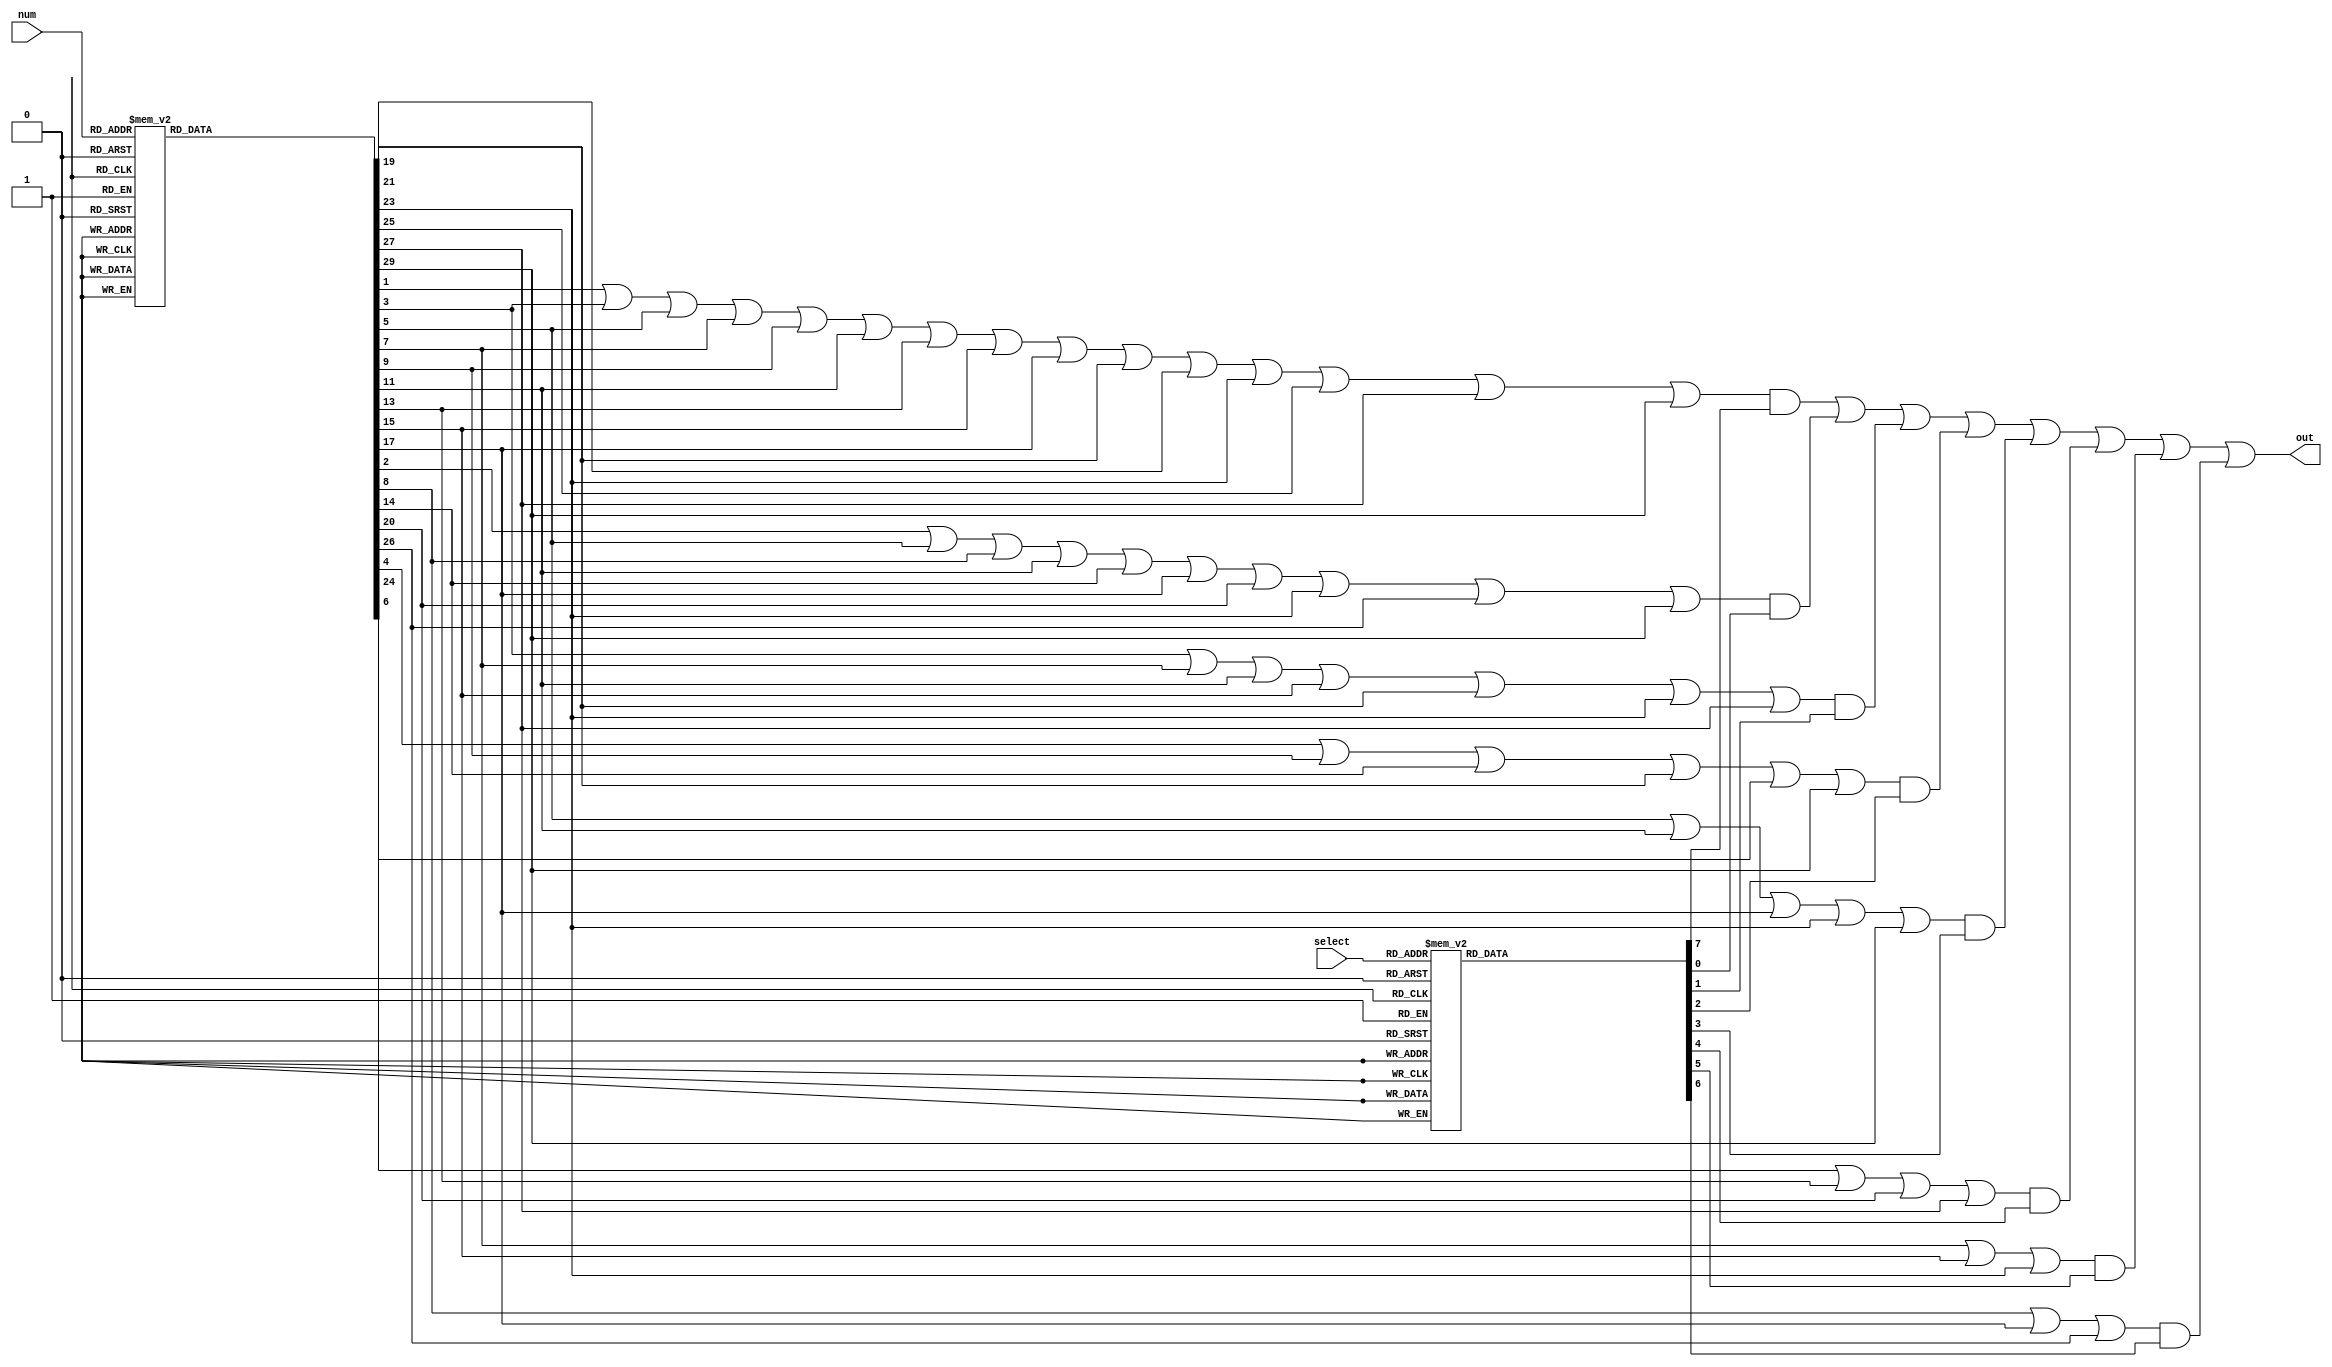
`timescale 1ns / 1ps

module lab1_decoder(select, num, out );
input [2:0]select;
input [4:0]num;
output reg out;
reg [9:2]decoder3x8;
reg [31:0]decoder5x32;
reg mult2, mult3, mult4, mult5, mult6, mult7, mult8, mult9, 
    result2, result3, result4, result5, result6, result7, result8, result9;


always@(*) begin
    out=1'b0;
    decoder3x8=8'b0;
    decoder5x32=32'b0;
    case(select)
        3'b000: decoder3x8[2] =1;
        3'b001: decoder3x8[3] =1; 
        3'b010: decoder3x8[4] =1; 
        3'b011: decoder3x8[5] =1;
        3'b100: decoder3x8[6] =1; 
        3'b101: decoder3x8[7] =1;
        3'b110: decoder3x8[8] =1; 
        3'b111: decoder3x8[9] =1;
        default: decoder3x8 = 8'b0;
    endcase
    case(num)
        32'b00000: decoder5x32[0] = 1;
        32'b00001: decoder5x32[1] = 1;
        32'b00010: decoder5x32[2] = 1;
        32'b00011: decoder5x32[3] = 1;
        32'b00100: decoder5x32[4] = 1;
        32'b00101: decoder5x32[5] = 1;
        32'b00110: decoder5x32[6] = 1;
        32'b00111: decoder5x32[7] = 1;
        32'b01000: decoder5x32[8] = 1;
        32'b01001: decoder5x32[9] = 1;
        32'b01010: decoder5x32[10] = 1;
        32'b01011: decoder5x32[11] = 1;
        32'b01100: decoder5x32[12] = 1;
        32'b01101: decoder5x32[13] = 1;
        32'b01110: decoder5x32[14] = 1;
        32'b01111: decoder5x32[15] = 1;
        32'b10000: decoder5x32[16] = 1;
        32'b10001: decoder5x32[17] = 1;
        32'b10010: decoder5x32[18] = 1;
        32'b10011: decoder5x32[19] = 1;
        32'b10100: decoder5x32[20] = 1;
        32'b10101: decoder5x32[21] = 1;
        32'b10110: decoder5x32[22] = 1;
        32'b10111: decoder5x32[23] = 1;
        32'b11000: decoder5x32[24] = 1;
        32'b11001: decoder5x32[25] = 1;
        32'b11010: decoder5x32[26] = 1;
        32'b11011: decoder5x32[27] = 1;
        32'b11100: decoder5x32[28] = 1;
        32'b11101: decoder5x32[29] = 1;
        32'b11110: decoder5x32[30] = 1;
        32'b11111: decoder5x32[31] = 1;
        default: decoder5x32=31'b0;
    endcase

    mult2=decoder5x32[2] | decoder5x32[4] | decoder5x32[6] | decoder5x32[8] | decoder5x32[10] | decoder5x32[12] | decoder5x32[14] | decoder5x32[16] | decoder5x32[18] |decoder5x32[20] | decoder5x32[22] | decoder5x32[24] | decoder5x32[26] | decoder5x32[28] | decoder5x32[30] ;
    mult3=decoder5x32[3] |decoder5x32[6] | decoder5x32[9] | decoder5x32[12] | decoder5x32[15] | decoder5x32[18] | decoder5x32[21] | decoder5x32[24] | decoder5x32[27] | decoder5x32[30] ;
    mult4=decoder5x32[4] | decoder5x32[8] | decoder5x32[12] | decoder5x32[16] | decoder5x32[20] | decoder5x32[24] | decoder5x32[28];
    mult5=decoder5x32[5] | decoder5x32[10] | decoder5x32[15] | decoder5x32[20] | decoder5x32[25] | decoder5x32[30] ; 
    mult6=decoder5x32[6] | decoder5x32[12] | decoder5x32[18] | decoder5x32[24] | decoder5x32[30] ; 
    mult7=decoder5x32[7] | decoder5x32[14] | decoder5x32[21] | decoder5x32[28] ;
    mult8=decoder5x32[8] | decoder5x32[16] | decoder5x32[24] ;
    mult9=decoder5x32[9] | decoder5x32[18] | decoder5x32[27] ;

    result2 = mult2 & decoder3x8[2];
    result3 = mult3 & decoder3x8[3];
    result4 = mult4 & decoder3x8[4];
    result5 = mult5 & decoder3x8[5];
    result6 = mult6 & decoder3x8[6];
    result7 = mult7 & decoder3x8[7];
    result8 = mult8 & decoder3x8[8];
    result9 = mult9 & decoder3x8[9];   
    
    out= result2 | result3 | result4 | result5 | result6 | result7 | result8 | result9 ;
    end
endmodule